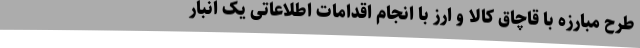
طرح مبارزه با قاچاق کالا و ارز با انجام اقدامات اطلاعاتی یک انبار